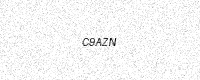
Text: C9AZN